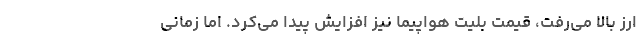
ارز بالا می‌رفت، قیمت بلیت هواپیما نیز افزایش پیدا می‌کرد. اما زمانی